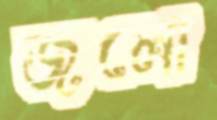
জলো